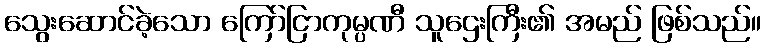
သွေးဆောင်ခဲ့သော ကြော်ငြာကုမ္ပဏီ သူဌေးကြီး၏ အမည် ဖြစ်သည်။